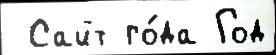
 Сайт го́да Год